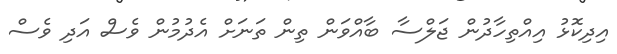
އިދިކޮޅު އިއްތިހާދުން ޖަލްސާ ބާއްވަން ތިން ތަނަށް އެދުމުން ވެސް އަދި ވެސް